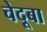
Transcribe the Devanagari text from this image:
चेदूबा